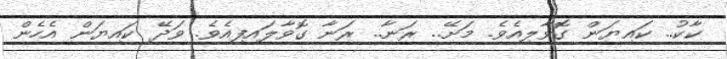
ކާކު.. ކައިޔަން ގޮވާލިއެވެ. މަށޭ.. ރަނާ.. ރަނާ ގޮވާލައިފިއެވެ. ވަދޭ ކައިޔަން އެހެން